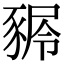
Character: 𧱢